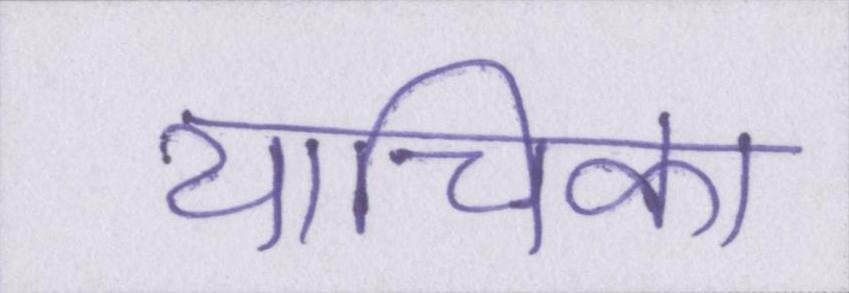
याचिका